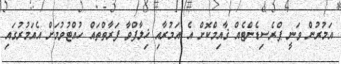
އަމުރުން ވަނީ ޕްރެސިޑެންޓެއް ޤާއިމްކޮށް އެ އަމުރާއި ޚިލާފްވާ ފަރާތްތައް ހުއްޓުވުމަށް އެއަމުރުގައި